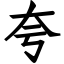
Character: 夸